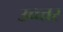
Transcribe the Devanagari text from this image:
उच्च्त्तर